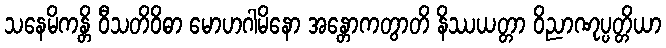
သနေမိကန္တိ ဝီသတိဝိဓာ မောဟဂါမိနော အန္တောကတွာတိ နိဿယတ္တာ ဝိညာဏုပ္ပတ္တိယာ